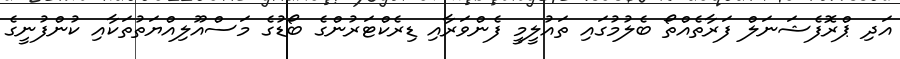
އަދި ޕްރޮފެޝަނަލް ފަރާތެއްތޯ ބެލުމުގައި ތައުލީމީ ފެންވަރާއި ޑިރެކްޓަރުންގެ ބޯޑުގެ މަސްއޫލިއްޔަތުތަކާއި ކުންފުނީގެ